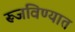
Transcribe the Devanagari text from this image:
रूजविण्यात